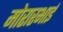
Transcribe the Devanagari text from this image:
मोरारभाई